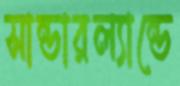
সান্ডারল্যান্ডে